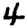
Digit: 4